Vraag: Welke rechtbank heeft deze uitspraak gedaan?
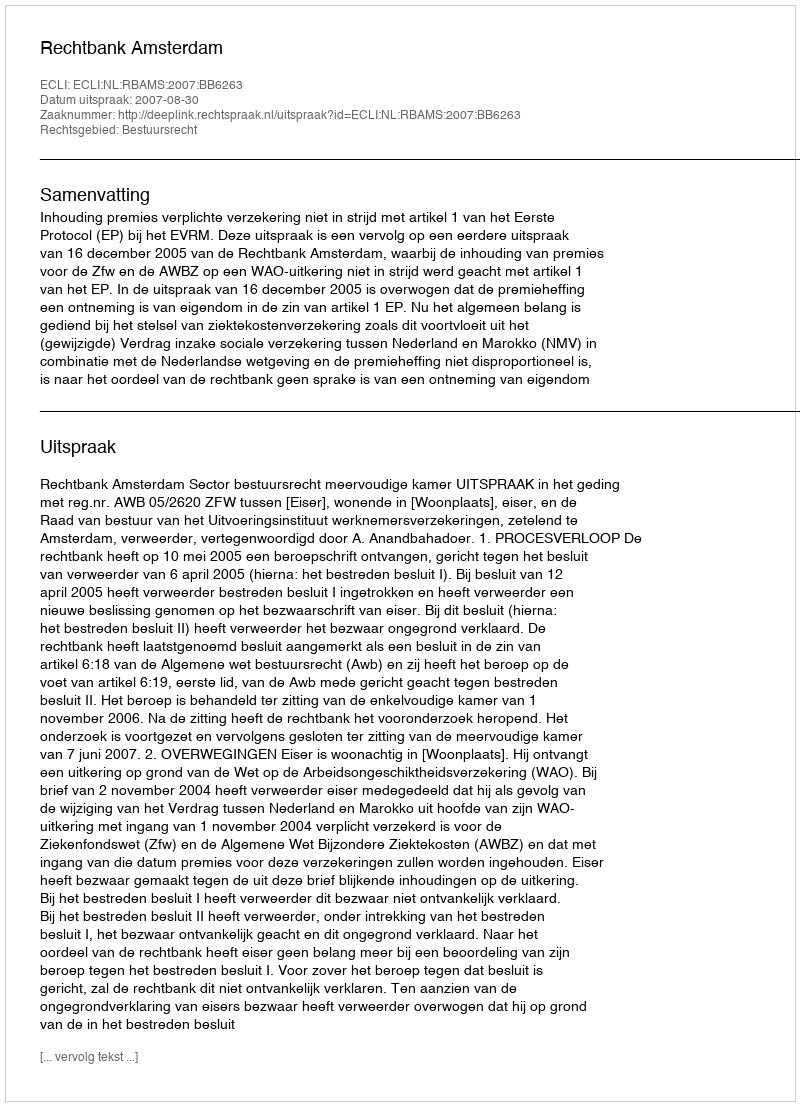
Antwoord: Rechtbank Amsterdam